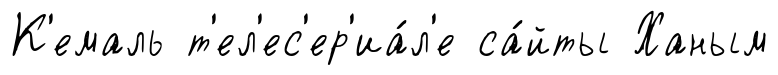
К'емаль т'ел'ес'ер'иа́л'е са́йты Ханым